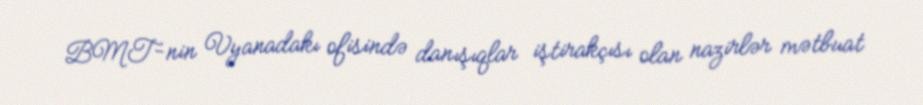
BMT-nin Vyanadakı ofisində danışıqlar iştirakçısı olan nazirlər mətbuat